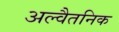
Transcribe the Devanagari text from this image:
अल्वैतनिक